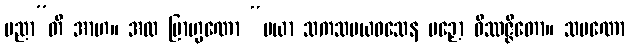
ပညာ”တိ အာဟ။ အထ ဗြာဟ္မဏော “မယာ သကသမယဝသေန ပဉှော ဝိဿဇ္ဇိတော။ သမဏော